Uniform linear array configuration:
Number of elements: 12
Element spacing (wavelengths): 0.5
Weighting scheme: kaiser
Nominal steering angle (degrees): -30
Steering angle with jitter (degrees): -29.443
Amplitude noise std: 0.05
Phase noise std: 0.05

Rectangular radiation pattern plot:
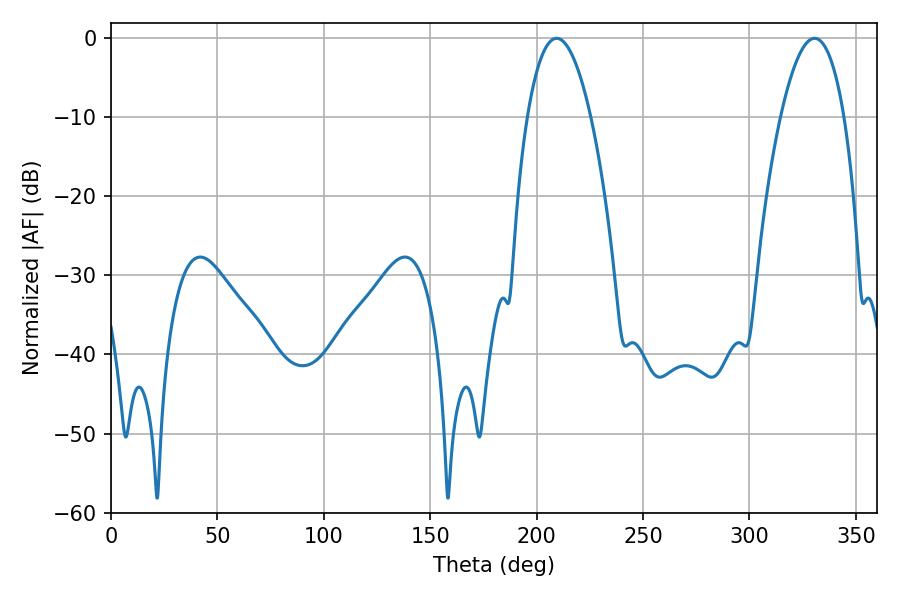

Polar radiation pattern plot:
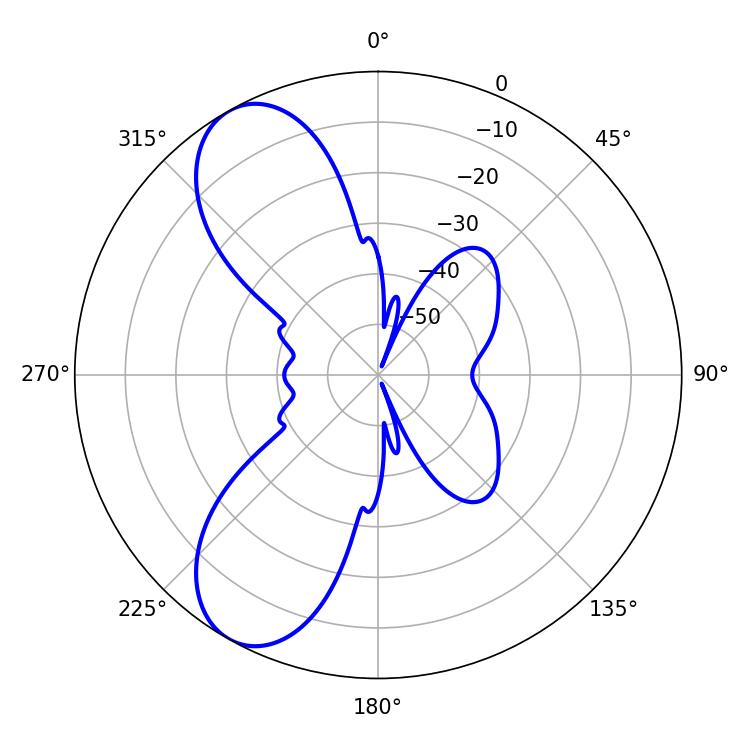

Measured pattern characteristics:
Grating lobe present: FALSE
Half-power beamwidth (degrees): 16.56
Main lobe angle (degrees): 209.34